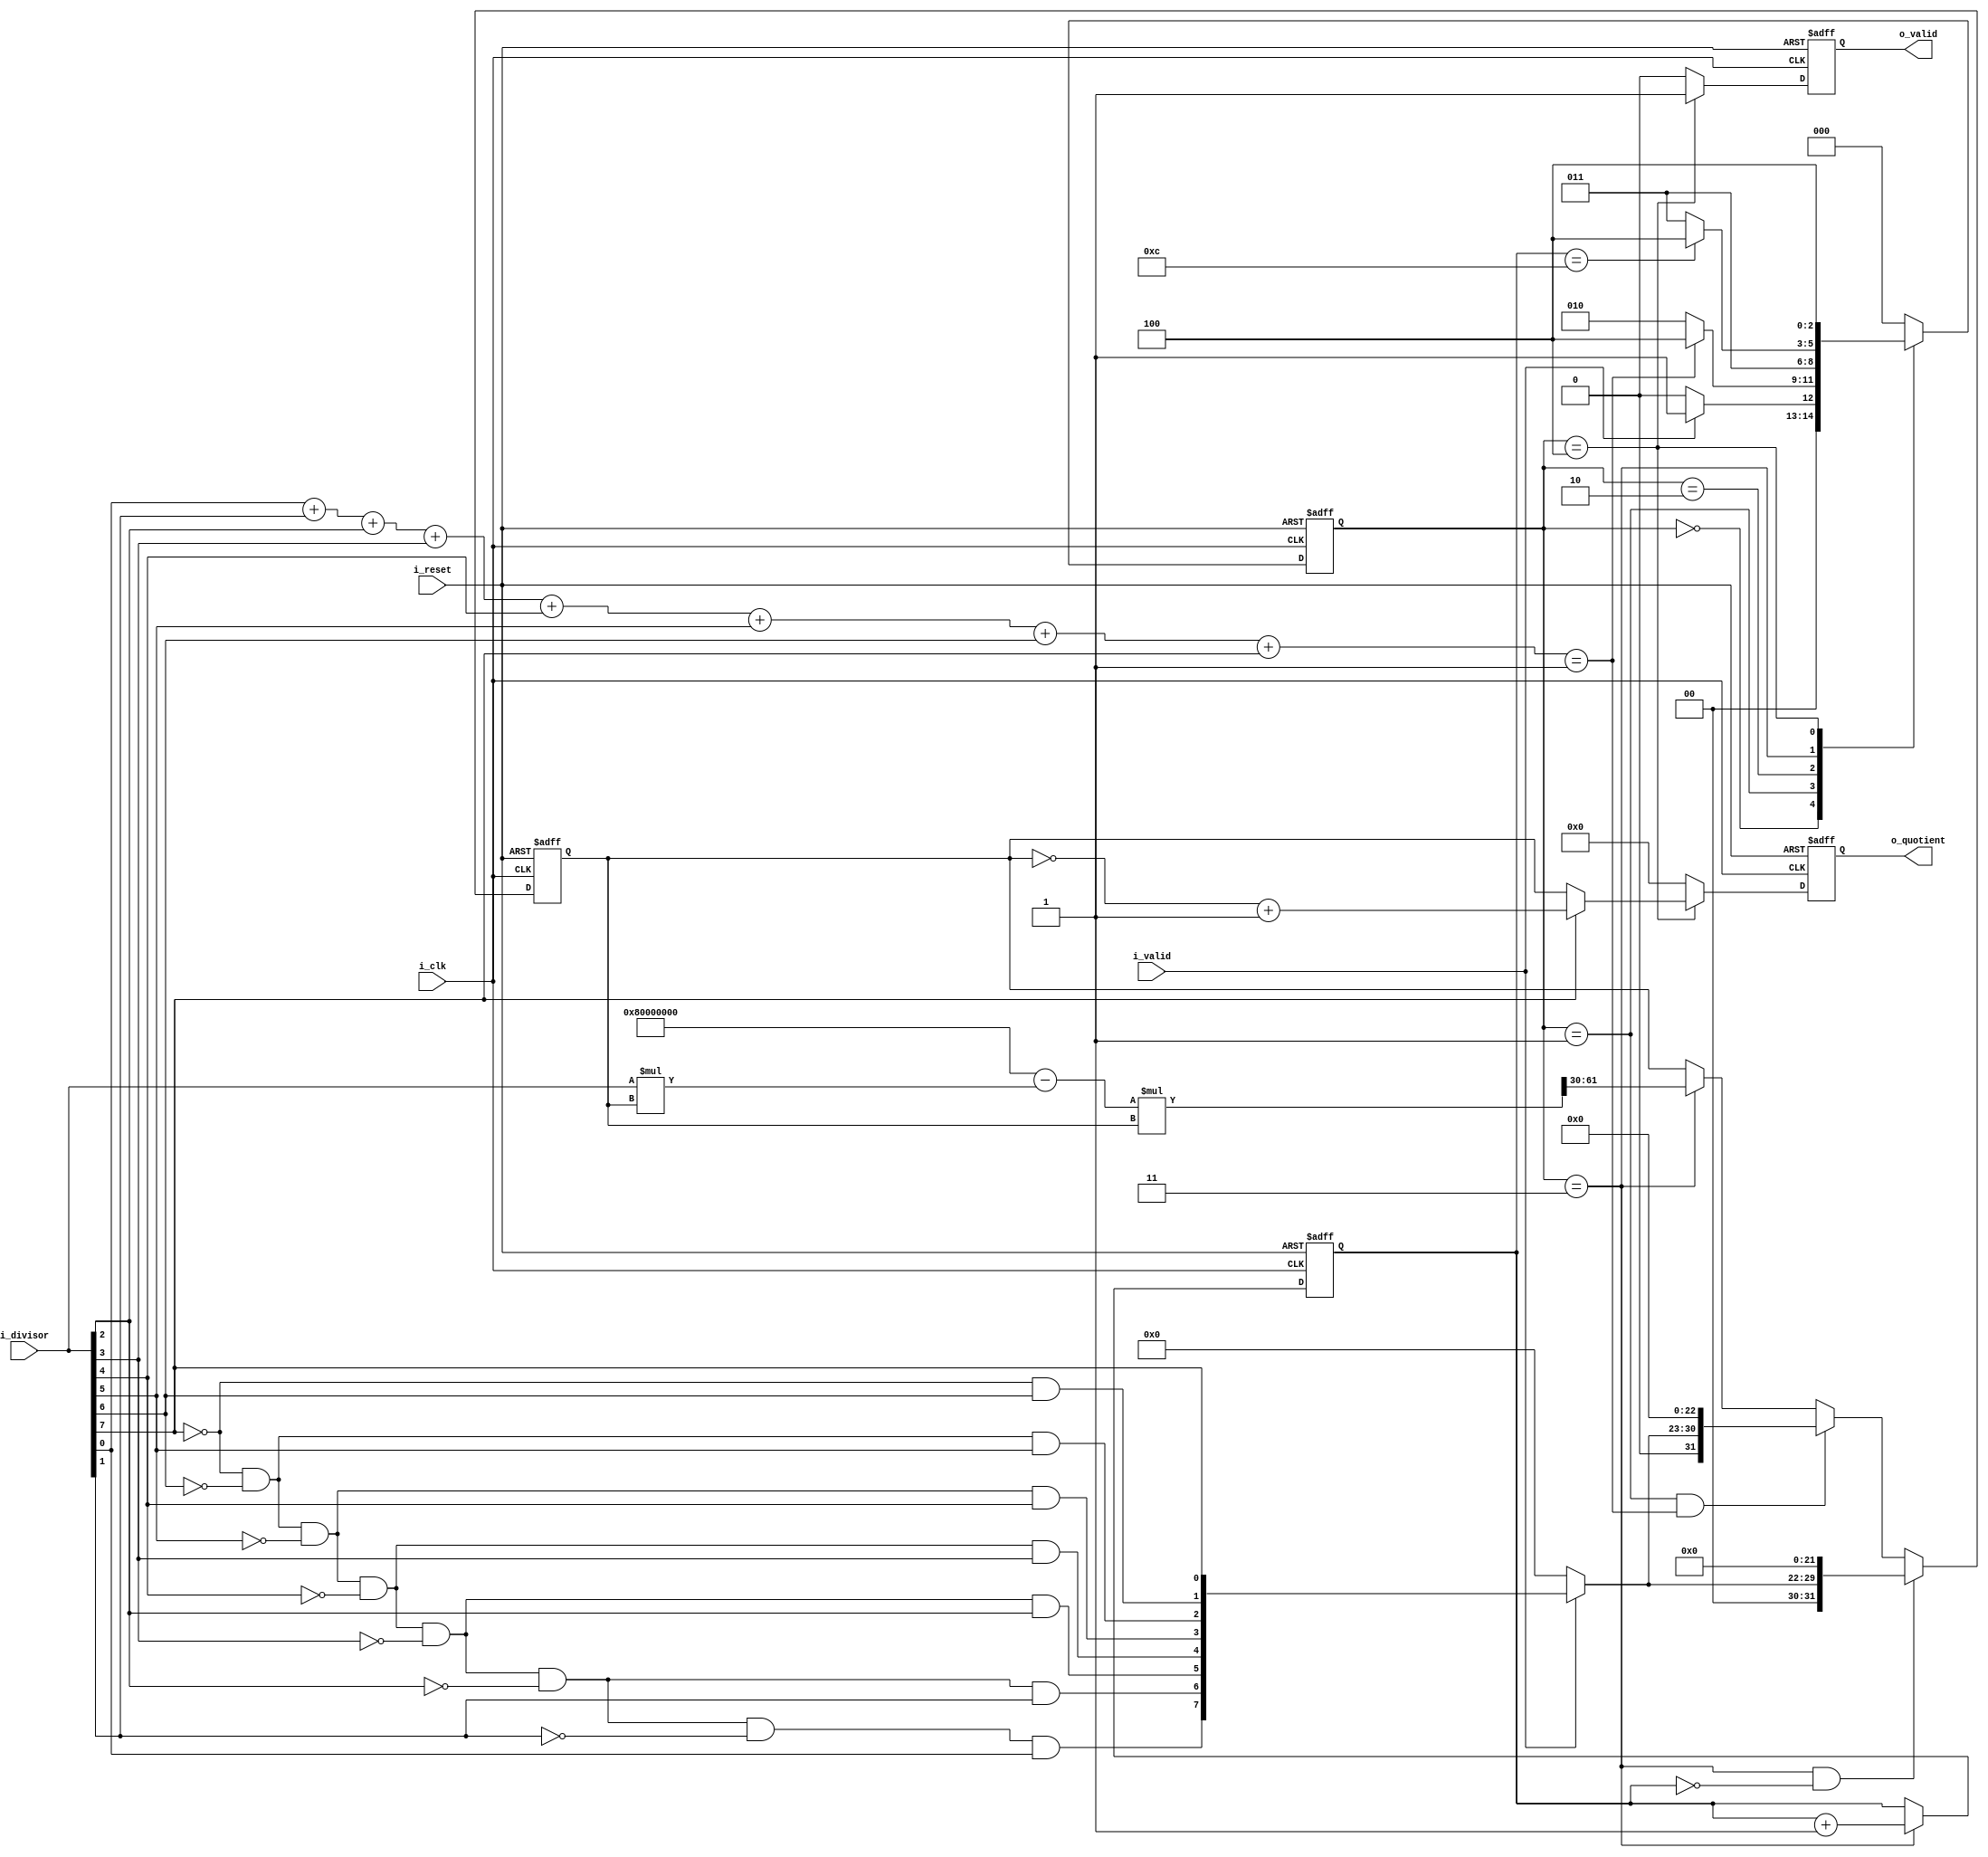
module reciprocal(
    i_clk,
    i_reset,
    i_valid,
    i_divisor,
    o_valid,
    o_quotient
);
    parameter IDLE = 3'd0;
    parameter CHECK_2 = 3'd1;
    parameter CALC = 3'd2;
    parameter ITER = 3'd3;
    parameter OUT  = 3'd4;

    // Definition of ports
    input             i_clk, i_reset;
    input             i_valid;
    input  [7:0]      i_divisor;  // signed 8 bits
    output reg        o_valid;
    output reg [31:0] o_quotient; // S1.30
    
    // wires and regs
    wire   [3:0]    check_2; 
    reg    [2:0]    state_r,state_w;
    reg    [3:0]    count_r,count_w;
    wire            o_valid_w;
    reg    [7:0]    two_z;
    reg    [7:0]    two_z_down;  //8 bits decimal

    reg    [31:0]   x_i;
    reg    [31:0]   x_i_next;
    reg    [39:0]   x_i_temp;
    reg    [31:0]   x_i_temp2;
    reg    [31:0]   x_i_temp3;
    reg    [63:0]   x_i_temp4;
     
    always@ (*) begin
        case(state_r)
            IDLE: state_w = (i_valid) ? CHECK_2 : IDLE;
            CHECK_2: state_w = (check_2==4'd1) ? OUT : CALC;
            CALC: state_w = ITER;
            ITER: state_w = (count_r==4'd12) ? OUT : ITER;
            OUT:  state_w = OUT;
            default : state_w = IDLE;
        endcase
    end

    assign o_valid_w = (state_r == OUT) ? 1 : 0;
    assign check_2 = (i_divisor[0]+i_divisor[1]+i_divisor[2]+i_divisor[3]+i_divisor[4]+i_divisor[5]+i_divisor[6]+i_divisor[7]);

    always@(*) begin
        if(i_valid) begin
            // get 2^(floor(log2(x)))
            two_z[0] = (!i_divisor[7])&(!i_divisor[6])&(!i_divisor[5])
                        &(!i_divisor[4])&(!i_divisor[3])&(!i_divisor[2])&(!i_divisor[1])&(i_divisor[0]);
            two_z[1] = (!i_divisor[7])&(!i_divisor[6])&(!i_divisor[5])
                        &(!i_divisor[4])&(!i_divisor[3])&(!i_divisor[2])&(i_divisor[1]);
            two_z[2] = (!i_divisor[7])&(!i_divisor[6])&(!i_divisor[5])
                        &(!i_divisor[4])&(!i_divisor[3])&(i_divisor[2]);
            two_z[3] = (!i_divisor[7])&(!i_divisor[6])&(!i_divisor[5])
                        &(!i_divisor[4])&(i_divisor[3]);
            two_z[4] = (!i_divisor[7])&(!i_divisor[6])&(!i_divisor[5])
                        &(i_divisor[4]);
            two_z[5] = (!i_divisor[7])&(!i_divisor[6])&(i_divisor[5]);
            two_z[6] = (!i_divisor[7])&(i_divisor[6]);
            two_z[7] = (i_divisor[7]);

            // get 2^( (-1)*floor(log2(x)) )  ex: .00100000
            two_z_down = {two_z[0],two_z[1],two_z[2],two_z[3],two_z[4],two_z[5],two_z[6],two_z[7]}; 
        end
        else begin
            two_z = 0;
            two_z_down = 0;
        end
    end

    always @(posedge i_clk or posedge i_reset) begin
        if(i_reset) begin
            x_i <= 0;
        end
        else begin
            if(state_r == ITER && !count_r) begin
                x_i <= {2'b0,two_z_down,22'b0};
            end
            else if(state_r == CHECK_2 && check_2==4'd1) begin
                x_i <= {1'b0,two_z_down,23'b0};
            end
            else begin
                x_i <= x_i_next;
            end
        end
    end

    always@ (*) begin
        if(state_r == ITER) begin
            count_w = count_r + 1'b1;
            x_i_temp = i_divisor * x_i;
            x_i_temp2 = x_i_temp[31:0];
            x_i_temp3 ={2'b10,30'b0} - x_i_temp2;
            x_i_temp4 = x_i_temp3 * x_i;
            x_i_next = x_i_temp4[61:30];
        end
        else begin
            count_w = count_r;
            x_i_next = x_i;
            x_i_temp =  0;
            x_i_temp2 = 0;
            x_i_temp3 = 0;
            x_i_temp4 = 0;
        end
    end

    always@(posedge i_clk or posedge i_reset) begin
        if(i_reset) begin
            o_quotient <= 0;
        end
        else begin
            if(state_r == OUT) begin
                if(i_divisor[7]) 
                    o_quotient <= (~x_i+1'b1);
                else
                    o_quotient <= x_i;
            end    
            else begin
                o_quotient <= 0;
            end
        end
    end

    always@(posedge i_clk or posedge i_reset) begin
        if(i_reset) begin
            state_r <= IDLE;
            o_valid <= 0;
            count_r <= 0;
        end
        else begin
            state_r <= state_w;
            o_valid <= o_valid_w;
            count_r <= count_w;
        end
    end
   
endmodule